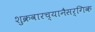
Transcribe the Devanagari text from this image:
शुक्रवारच्यानैसर्गिक